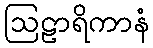
ဩဠာရိကာနံ